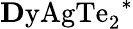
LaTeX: \mathrm{{\mathbf Dy}AgTe_{2}}^{*}